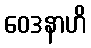
ဝေဒနာဟိ